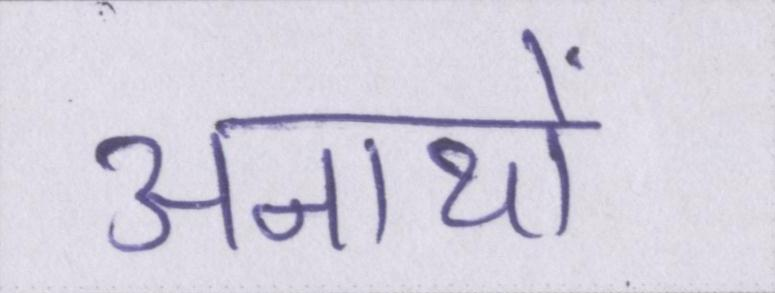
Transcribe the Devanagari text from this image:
अनाथों